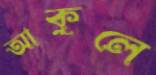
আকুলে